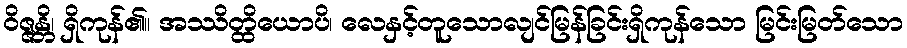
ဝိဇ္ဇန္တိ၊ ရှိကုန်၏။ အဿိတ္ထိယောပိ၊ လေနှင့်တူသောလျင်မြန်ခြင်းရှိကုန်သော မြင်းမြတ်သော